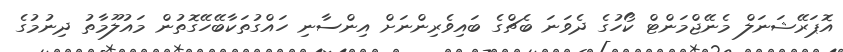
އޮޕަރޭޝަނަލް މެނޭޖްމަންޓް ކޯހުގެ ދެވަނަ ބެޗްގެ ބައިވެރިންނަށް އިންސާނި ހައްގުތަކާބޭހޭގޮތުން މައުލޫމާތު ދިނުމުގެ